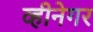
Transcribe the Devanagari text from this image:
व्हीनेगर